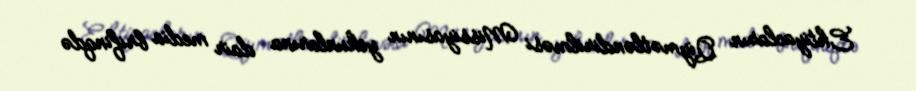
Ehtiyacların Qiymətləndirilməsi Missiyasının yekunlarına dair media brifinqdə